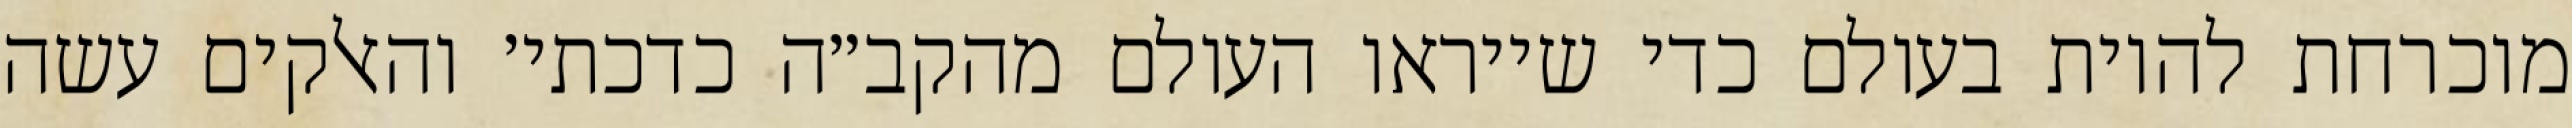
מוכרחת להיות בעולם כדי שייראו העולם מהקב״ה כדכתי׳ והאלקים עשה